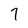
Character: 7